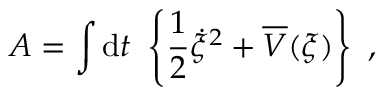
{ \cal A } = \int \mathrm { d } t ~ \left\{ \frac { 1 } { 2 } \dot { \xi } ^ { 2 } + \overline { { { V } } } ( \xi ) \right\} ~ ,